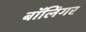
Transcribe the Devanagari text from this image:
बॉलिंगर